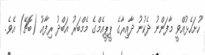
ހުށަހެޅުއްވީ މާފަންނު ދެކުނު ދާއިރާގެ ޕީޕީއެމްގެ މެމްބަރު އަބްދު ރިފާއު (ބޮޗޭ) އެވެ.